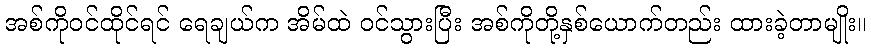
အစ်ကိုဝင်ထိုင်ရင် ရေချယ်က အိမ်ထဲ ဝင်သွားပြီး အစ်ကိုတို့နှစ်ယောက်တည်း ထားခဲ့တာမျိုး။